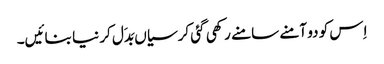
اِس کو دو آمنے سامنے رکھی گئی کرسیاں بَدَل کر نیا بنائیں۔